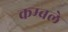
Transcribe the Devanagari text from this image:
कम्बले